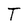
Character: T